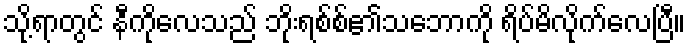
သို့ရာတွင် နီကိုလေသည် ဘိုးရစ်စ်၏သဘောကို ရိပ်မိလိုက်လေပြီ။